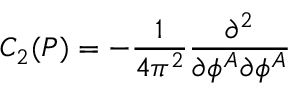
C _ { 2 } ( P ) = - \frac 1 { 4 \pi ^ { 2 } } \frac { \partial ^ { 2 } } { \partial \phi ^ { A } \partial \phi ^ { A } }